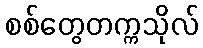
စစ်တွေတက္ကသိုလ်